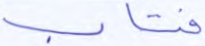
فتاب